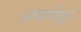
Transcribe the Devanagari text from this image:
अप्पापिल्लई